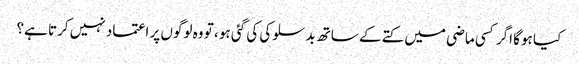
کیا ہوگا اگر کسی ماضی میں کتے کے ساتھ بدسلوکی کی گئی ہو ، تو وہ لوگوں پر اعتماد نہیں کرتا ہے؟